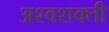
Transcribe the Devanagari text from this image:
अश्‍वशक्ती